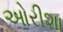
ઓરીશા